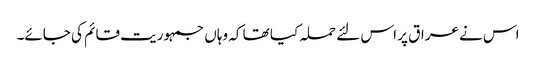
اس نے عراق پر اس لئے حملہ کیا تھا کہ وہاں جمہوریت قائم کی جائے۔